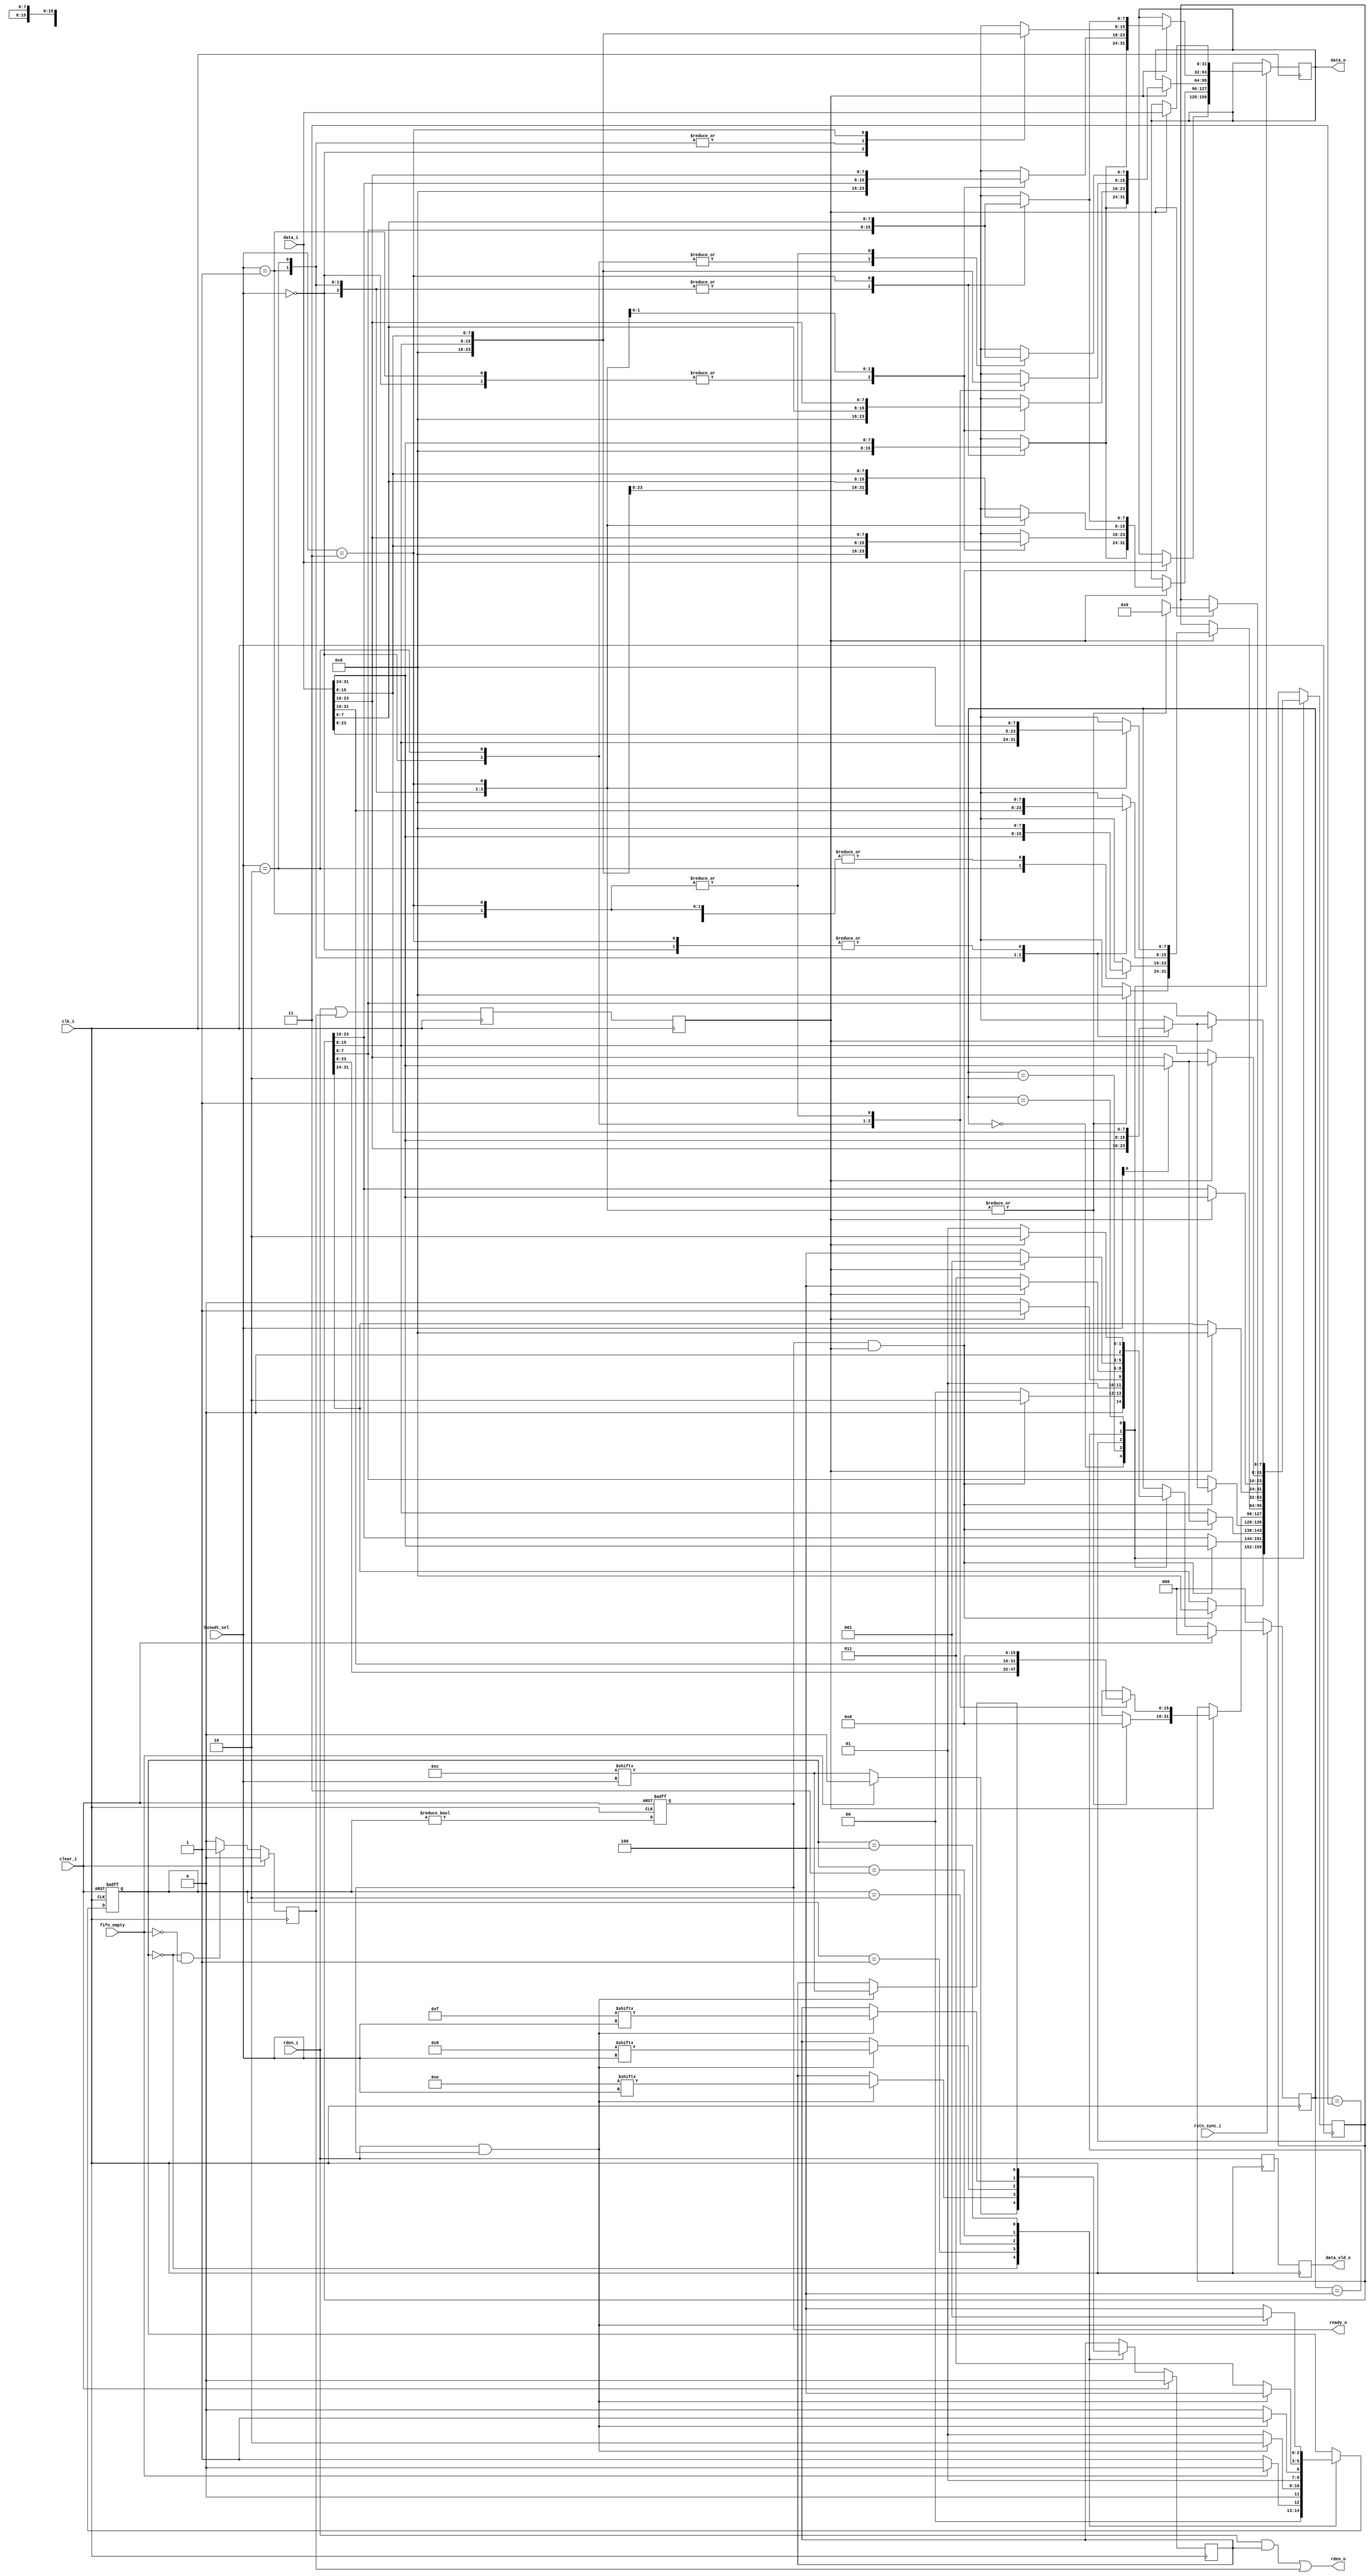
//////////////////////////////////////////////////////////////////////////////////
//	(c) 2020-2021, Cypress Semiconductor Corporation (an Infineon company) or an affiliate of Cypress Semiconductor Corporation.  All rights reserved.
//
//	This software, including source code, documentation and related materials ("Software") is owned by Cypress Semiconductor Corporation or one of its affiliates ("Cypress") and is protected by and subject to worldwide patent protection (United States and foreign), United States copyright laws and international treaty provisions.  Therefore, you may use this Software only as provided in the license agreement accompanying the software package from which you obtained this Software ("EULA").
//	If no EULA applies, Cypress hereby grants you a personal, non-exclusive, non-transferable license to copy, modify, and compile the Software source code solely for use in connection with Cypress's integrated circuit products.  Any reproduction, modification, translation, compilation, or representation of this Software except as specified above is prohibited without the express written permission of Cypress.
//
//	Disclaimer: THIS SOFTWARE IS PROVIDED AS-IS, WITH NO WARRANTY OF ANY KIND, EXPRESS OR IMPLIED, INCLUDING, BUT NOT LIMITED TO, NONINFRINGEMENT, IMPLIED WARRANTIES OF MERCHANTABILITY AND FITNESS FOR A PARTICULAR PURPOSE. Cypress reserves the right to make changes to the Software without notice. Cypress does not assume any liability arising out of the application or use of the Software or any product or circuit described in the Software. Cypress does not authorize its products for use in any products where a malfunction or failure of the Cypress product may reasonably be expected to result in significant property damage, injury or death ("High Risk Product"). By including Cypress's product in a High Risk Product, the manufacturer of such system or application assumes all risk of such use and in doing so agrees to indemnify Cypress against all liability.
//
// Design Name:		testptrn 
// Module Name:		gpif_interface_mod
// Target Devices:	LFE5U-45F-8BG381I
// Description: buswdt_conv_mod converts the 32BIT input data to 8/16/24/32 BIT data as specified in buswdt_sel. It generates the fifo_rd_en to the input FIFO and qualifier for the output data. 
// 
// Dependencies: 
// 
// Revision:
// Revision 0.01 - File Created
// Additional Comments:
// 
//////////////////////////////////////////////////////////////////////////////////

module buswdt_conv_mod
(
	input			clk_i,
	input			rstn_sync_i,
	
	input			clear_i,
	input			rden_i,
	input			fifo_empty,
	input [1:0]		buswdt_sel,	// BUSWIDTH Select :
								//		- '00' -> 8 BIT
								//		- '01' -> 16 BIT
								//		- '10' -> 24 BIT
								//		- '11' -> 32 BIT
	input [31:0]	data_i,
	
	output			data_vld_o,
	output			rden_o,
	output [31:0]	data_o,
	output			ready_o
);

reg [31:0] res_data_r=32'd0;
reg [31:0] var_len_data_r=32'd0;

reg [31:0] res_data_rn=32'd0;
reg [31:0] var_len_data_rn=32'd0;

reg fifo_dvld_r1='d0;
reg fifo_dvld_r2='d0;
reg ready_r='d0;
reg rden_i_r='d0;
reg rden_init_r='d0;
reg rden_r='d0;
reg data_vld_r='d0;
reg init_rden='d0;
reg init_rden_r='d0;
reg init_rden_rr='d0;
reg	fifo_rden_r='d0;
reg [31:0]	data_r='d0;
reg mask_r='d0;
reg mask_rn='d0;

//	Bus width Conversion States
localparam INIT_ST=3'd0;
localparam CLK1_ST=3'd1;
localparam CLK2_ST=3'd2;
localparam CLK3_ST=3'd3;
localparam CLK4_ST=3'd4;

reg [2:0] cur_data_st_r=INIT_ST/* synthesis syn_keep = 1 */;
reg [2:0] next_data_st_r=INIT_ST;
reg [2:0] cur_rden_st_r=INIT_ST/* synthesis syn_keep = 1 */;
reg [2:0] next_rden_st_r=INIT_ST;

localparam [1:0] BUSWDT_8 =2'b00;
localparam [1:0] BUSWDT_16=2'b01;
localparam [1:0] BUSWDT_24=2'b10;
localparam [1:0] BUSWDT_32=2'b11;
localparam [3:0] MASK_CLK1=4'b1100;
localparam [3:0] MASK_CLK2=4'b1110;
localparam [3:0] MASK_CLK3=4'b1000;
localparam [3:0] MASK_CLK4=4'b1111;

reg [26:0] rd_en_cnt='d0;

always @(posedge clk_i) begin
	if(clear_i)
		rd_en_cnt <= 'd0;
	else if(rden_i)
		rd_en_cnt <= rd_en_cnt + 'd1;
end
always @(posedge clk_i, posedge clear_i) begin
	if(clear_i)
		cur_rden_st_r <= INIT_ST;
	else begin
		cur_rden_st_r <= next_rden_st_r;
	end
end

always @* begin
	next_rden_st_r = cur_rden_st_r;
	mask_rn = mask_r;
	case(cur_rden_st_r)
		INIT_ST:begin
			if(!fifo_empty) begin
				mask_rn = MASK_CLK1[buswdt_sel];
				next_rden_st_r = CLK1_ST;
			end else begin
				next_rden_st_r = INIT_ST;
				mask_rn = 1'b0;
			end
		end
		CLK1_ST: begin
			if(rden_i&ready_r) begin
				mask_rn = MASK_CLK2[buswdt_sel];
				next_rden_st_r = CLK2_ST;					
			end else begin
				next_rden_st_r = CLK1_ST;
				mask_rn = mask_r;
			end
		end
		CLK2_ST: begin
			if(rden_i&ready_r) begin
				mask_rn = MASK_CLK3[buswdt_sel];
				next_rden_st_r = CLK3_ST;					
			end else begin
				next_rden_st_r = CLK2_ST;
				mask_rn = mask_r;
			end
		end
		CLK3_ST: begin
			if(rden_i&ready_r) begin
				mask_rn = MASK_CLK4[buswdt_sel];
				next_rden_st_r = CLK4_ST;					
			end else begin
				next_rden_st_r = CLK3_ST;
				mask_rn = mask_r;
			end
		end
		CLK4_ST: begin
			if(rden_i&ready_r) begin
				mask_rn = MASK_CLK1[buswdt_sel];
				next_rden_st_r = CLK1_ST;					
			end else begin
				next_rden_st_r = CLK4_ST;
				mask_rn = mask_r;
			end
		end
	endcase
end

always @(posedge clk_i, posedge clear_i)
	if(clear_i)
		ready_r <= 1'd0;
	else
		ready_r <= (cur_rden_st_r!=INIT_ST);

assign ready_o = ready_r;

always @(posedge clk_i) 
	if(clear_i)
		mask_r <= 1'd0;
	else
		mask_r <= mask_rn;
		
always @(posedge clk_i) 
	if(clear_i)
		rden_init_r <= 'd0;
	else if((cur_rden_st_r==INIT_ST)&(!fifo_empty))
		rden_init_r <= 'd1;
	else
		rden_init_r <= 'd0;
assign rden_o = (rden_i & mask_r) || rden_init_r;

always @(posedge clk_i) begin
	if(!rstn_sync_i)
		cur_data_st_r <= INIT_ST;
	else if(clear_i)
		cur_data_st_r <= INIT_ST;
	else begin
		cur_data_st_r <= next_data_st_r;
	end
end

always @(posedge clk_i) begin
	fifo_dvld_r1 <= rden_i||rden_init_r;
	fifo_dvld_r2 <= fifo_dvld_r1;
	rden_r <= rden_i;
	data_vld_r <= rden_r;
end

assign data_vld_o = data_vld_r;

always @(posedge clk_i) begin
	var_len_data_r <= var_len_data_rn;
	res_data_r <= res_data_rn;
end

assign data_o = var_len_data_r;

always @* begin
	next_data_st_r = cur_data_st_r;
	res_data_rn = res_data_r;
	var_len_data_rn = var_len_data_r;
	case(cur_data_st_r)
		INIT_ST:begin
			if(ready_r&fifo_dvld_r2) begin
				var_len_data_rn[31:0] = data_i[31:0];
				res_data_rn[31:24] = 8'd0;
				res_data_rn[23:16] = data_i[31:24];
				if(buswdt_sel[0])
					res_data_rn[15:8] = data_i[31:24];
				else
					res_data_rn[15:8] = data_i[23:16];
				case(buswdt_sel)
					BUSWDT_8:	res_data_rn[7:0] = data_i[15:8];
					BUSWDT_16:	res_data_rn[7:0] = data_i[23:16];
					BUSWDT_24:	res_data_rn[7:0] = data_i[31:24];
					BUSWDT_32:	res_data_rn[7:0] = data_i[15:8];
				endcase
				next_data_st_r = CLK2_ST;
			end else begin
				next_data_st_r = INIT_ST;
				var_len_data_rn = var_len_data_r;
				res_data_rn = res_data_r;
			end
		end
		CLK2_ST:begin
			if(fifo_dvld_r2) begin
				case(buswdt_sel)
					BUSWDT_8 : begin
						var_len_data_rn[31:8] = 'd0;
						var_len_data_rn[7:0] = res_data_r[7:0];
						res_data_rn[31:16] = 'd0;
						res_data_rn[15:0] = res_data_r[23:8];
					end
					BUSWDT_16 : begin
						var_len_data_rn[15:0] = res_data_r[15:0];
						var_len_data_rn[31:16] = 'd0;
						res_data_rn = 'd0;
					end
					BUSWDT_24 : begin
						var_len_data_rn[23:0] = {data_i[15:0],res_data_r[7:0]};
						res_data_rn[15:0] = data_i[31:16];
						res_data_rn[31:16] = 'd0;
						var_len_data_rn[31:24] = 'd0;
					end
					BUSWDT_32 : begin
						var_len_data_rn = data_i;
						res_data_rn = 'd0;
					end
				endcase
				next_data_st_r = CLK3_ST;
			end else begin
				next_data_st_r = CLK2_ST;
				var_len_data_rn = var_len_data_r;
				res_data_rn = res_data_r;
			end
		end
		CLK3_ST:begin
			if(fifo_dvld_r2) begin
				case(buswdt_sel)
					BUSWDT_8 : begin
						var_len_data_rn[7:0] = res_data_r[7:0];
						res_data_rn[7:0] = res_data_r[15:8];
						res_data_rn[31:8] = 'd0;
						var_len_data_rn[31:8] = 'd0;
					end
					BUSWDT_16 : begin
						var_len_data_rn[15:0] = data_i[15:0];
						res_data_rn[15:0] = data_i[31:16];
						var_len_data_rn[31:16] = 'd0;
						res_data_rn[31:16] = 'd0;
					end
					BUSWDT_24 : begin
						var_len_data_rn[23:0] = {data_i[7:0],res_data_r[15:0]};
						res_data_rn[23:0] = data_i[31:8];
						res_data_rn[31:24] = 'd0;
						var_len_data_rn[31:24] = 'd0;
					end
					BUSWDT_32 : begin
						var_len_data_rn = data_i;
						res_data_rn = 'd0;
					end
				endcase
				next_data_st_r = CLK4_ST;
			end else begin
				next_data_st_r = CLK3_ST;
				var_len_data_rn = var_len_data_r;
				res_data_rn = res_data_r;
			end
		end
		CLK4_ST:begin
			if(fifo_dvld_r2) begin
				case(buswdt_sel)
					BUSWDT_8 : begin
						var_len_data_rn[7:0] = res_data_r[7:0];
						res_data_rn[31:0] = 'd0;
						var_len_data_rn[31:8] = 'd0;
					end
					BUSWDT_16 : begin
						var_len_data_rn[15:0] = res_data_r[15:0];
						var_len_data_rn[31:16] = 'd0;
						res_data_rn = 'd0;
					end
					BUSWDT_24 : begin
						var_len_data_rn[23:0] = {res_data_r[23:0]};
						res_data_rn = 'd0;
						var_len_data_rn[31:24] = 'd0;
					end
					BUSWDT_32 : begin
						var_len_data_rn = data_i;
						res_data_rn = 'd0;
					end
				endcase
				next_data_st_r = CLK1_ST;
			end else begin
				next_data_st_r = CLK4_ST;
				var_len_data_rn = var_len_data_r;
				res_data_rn = res_data_r;
			end
		end
		CLK1_ST:begin
			if(fifo_dvld_r2) begin
				res_data_rn[31:24] = 8'd0;
				var_len_data_rn[31:0] = data_i[31:0];
				res_data_rn[23:16] = data_i[31:24];
				if(buswdt_sel[0])
					res_data_rn[15:8] = data_i[31:24];
				else
					res_data_rn[15:8] = data_i[23:16];
				case(buswdt_sel)
					BUSWDT_8:	res_data_rn[7:0] = data_i[15:8];
					BUSWDT_16:	res_data_rn[7:0] = data_i[23:16];
					BUSWDT_24:	res_data_rn[7:0] = data_i[31:24];
					BUSWDT_32:	res_data_rn[7:0] = data_i[15:8];
				endcase
				next_data_st_r = CLK2_ST;
			end else begin
				next_data_st_r = CLK1_ST;
				var_len_data_rn = var_len_data_r;
				res_data_rn = res_data_r;
			end
		end
	endcase
end

endmodule